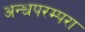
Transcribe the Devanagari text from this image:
अन्धपरम्परा